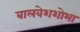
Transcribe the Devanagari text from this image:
बालवेशशोभा